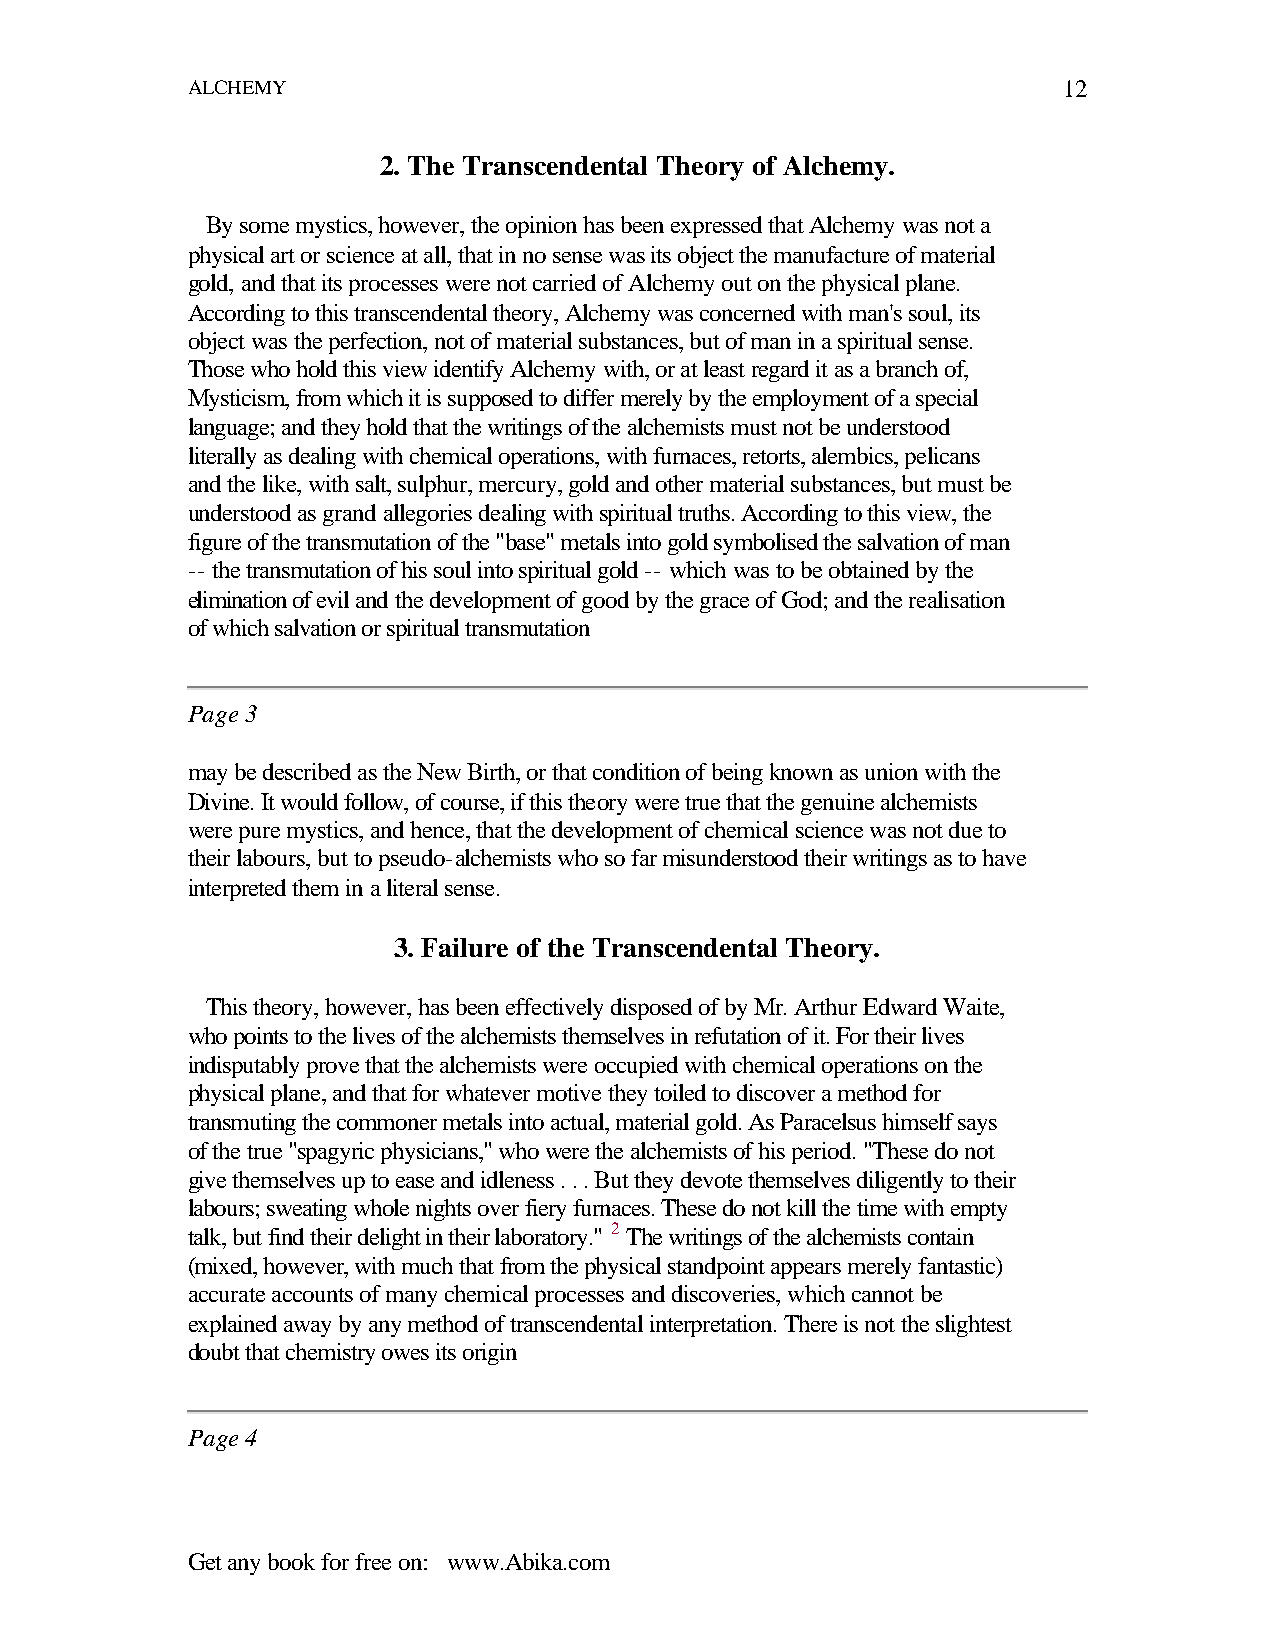
ALCHEMY                                                   12
 2. The Transcendental Theory of Alchemy.
 By some mystics, however, the opinion has been expressed that Alchemy was not a
 physical art or science at all, that in no sense was its object the manufacture of material
 gold, and that its processes were not carried of Alchemy out on the physical plane.
 According to this transcendental theory, Alchemy was concerned with man's soul, its
 object was the perfection, not of material substances, but of man in a spiritual sense.
 Those who hold this view identify Alchemy with, or at least regard it as a branch of,
 Mysticism, from which it is supposed to differ merely by the employment of a special
 language; and they hold that the writings of the alchemists must not be understood
 literally as dealing with chemical operations, with furnaces, retorts, alembics, pelicans
 and the like, with salt, sulphur, mercury, gold and other material substances, but must be
 understood as grand allegories dealing with spiritual truths. According to this view, the
 figure of the transmutation of the "base" metals into gold symbolised the salvation of man
 -- the transmutation of his soul into spiritual gold -- which was to be obtained by the
 elimination of evil and the development of good by the grace of God; and the realisation
 of which salvation or spiritual transmutation
 Page 3
 may be described as the New Birth, or that condition of being known as union with the
 Divine. It would follow, of course, if this theory were true that the genuine alchemists
 were pure mystics, and hence, that the development of chemical science was not due to
 their labours, but to pseudo-alchemists who so far misunderstood their writings as to have
 interpreted them in a literal sense.
 3. Failure of the Transcendental Theory.
 This theory, however, has been effectively disposed of by Mr. Arthur Edward Waite,
 who points to the lives of the alchemists themselves in refutation of it. For their lives
 indisputably prove that the alchemists were occupied with chemical operations on the
 physical plane, and that for whatever motive they toiled to discover a method for
 transmuting the commoner metals into actual, material gold. As Paracelsus himself says
 of the true "spagyric physicians," who were the alchemists of his period. "These do not
 give themselves up to ease and idleness . . . But they devote themselves diligently to their
 labours; sweating whole nights over fiery furnaces. These do not kill the time with empty
 talk, but find their delight in their laboratory." 2 The writings of the alchemists contain
 (mixed, however, with much that from the physical standpoint appears merely fantastic)
 accurate accounts of many chemical processes and discoveries, which cannot be
 explained away by any method of transcendental interpretation. There is not the slightest
 doubt that chemistry owes its origin
 Page 4
 Get any book for free on: www.Abika.com